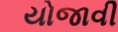
યોજાવી